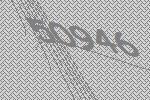
50946